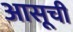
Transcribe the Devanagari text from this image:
आसूची